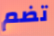
تضم